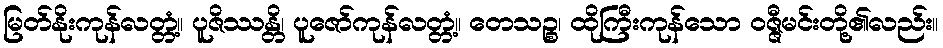
မြတ်နိုးကုန်လတ္တံ့။ ပူဇိဿန္တိ၊ ပူဇော်ကုန်လတ္တံ့။ တေသဉ္စ၊ ထိုကြီးကုန်သော ဝဇ္ဇီမင်းတို့၏လည်း။